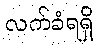
လက်ခံရရှိ